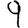
Digit: 9